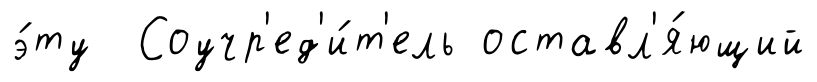
э́ту Соучр'ед'и́т'ель оставл'я́ющий